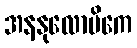
အနနုလောမိကေ